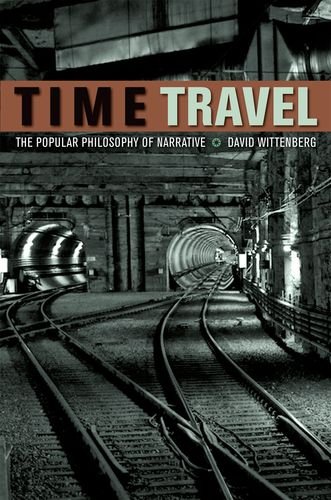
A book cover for Time Travel: The Popular Philosophy of Narrative; David Wittenberg; Humor & Entertainment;